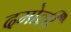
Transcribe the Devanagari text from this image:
दमोली